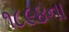
૧૮૯૪ના